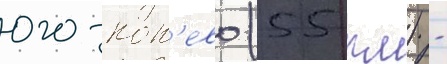
юго-кон'ево (55 км) -